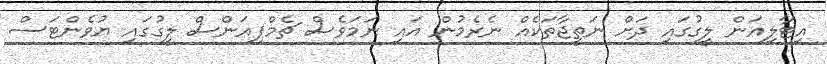
އިޓާލިއަން ލީގުގައި ދަށް ނަތީޖާތަކެއް ނެރެމުން އައި ނަމަވެސް ޗެމްޕިއަންސް ލީގުގައި ޔުވެންޓަސް